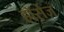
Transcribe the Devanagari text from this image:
हॉर्सेज़